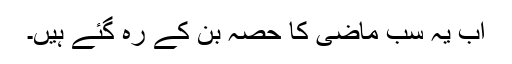
اب یہ سب ماضی کا حصہ بن کے رہ گئے ہیں۔